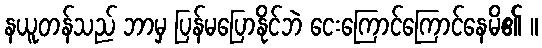
နယူတန်သည် ဘာမှ ပြန်မပြောနိုင်ဘဲ ငေးကြောင်ကြောင်နေမိ၏ ။